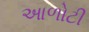
આળોટી